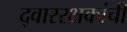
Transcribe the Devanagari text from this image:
द्वाररक्षकांची